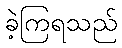
ခဲ့ကြရသည်